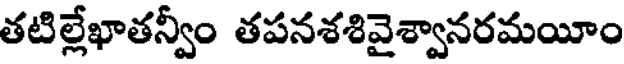
తటిల్లేఖాతన్వీం తపనశశివైశ్వానరమయీం